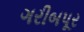
ગરીબપૂર